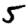
Digit: 5